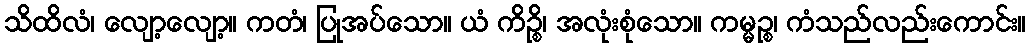
သိထိလံ၊ လျော့လျော့။ ကတံ၊ ပြုအပ်သော။ ယံ ကိဉ္စိ၊ အလုံးစုံသော။ ကမ္မဉ္စ၊ ကံသည်လည်းကောင်း။